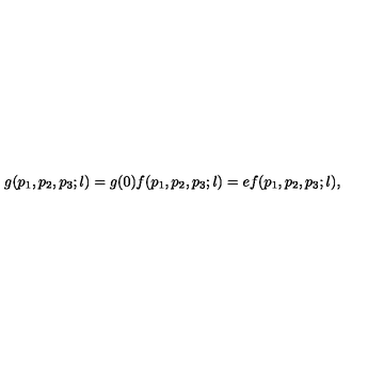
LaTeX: g ( p _ { 1 } , p _ { 2 } , p _ { 3 } ; l ) = g ( 0 ) f ( p _ { 1 } , p _ { 2 } , p _ { 3 } ; l ) = e f ( p _ { 1 } , p _ { 2 } , p _ { 3 } ; l ) ,